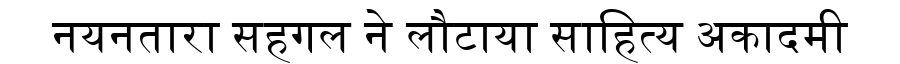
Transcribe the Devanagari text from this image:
नयनतारा सहगल ने लौटाया साहित्य अकादमी